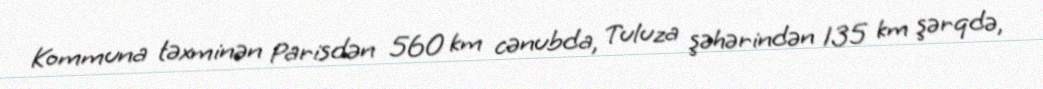
Kommuna təxminən Parisdən 560 km cənubda, Tuluza şəhərindən 135 km şərqdə,